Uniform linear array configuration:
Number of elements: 16
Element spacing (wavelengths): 0.25
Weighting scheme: blackman
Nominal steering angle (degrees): -30
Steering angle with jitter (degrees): -30.99
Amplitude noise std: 0.05
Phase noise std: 0.05

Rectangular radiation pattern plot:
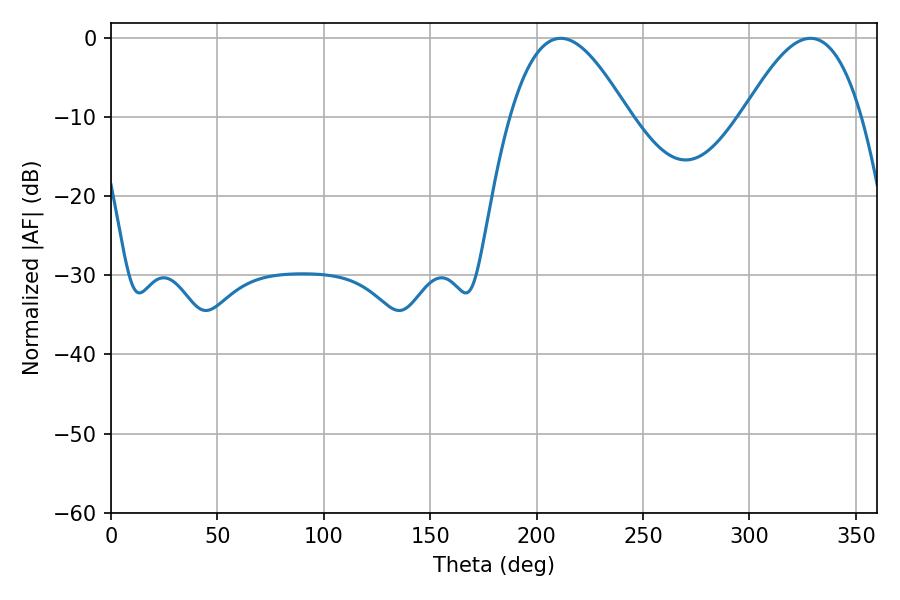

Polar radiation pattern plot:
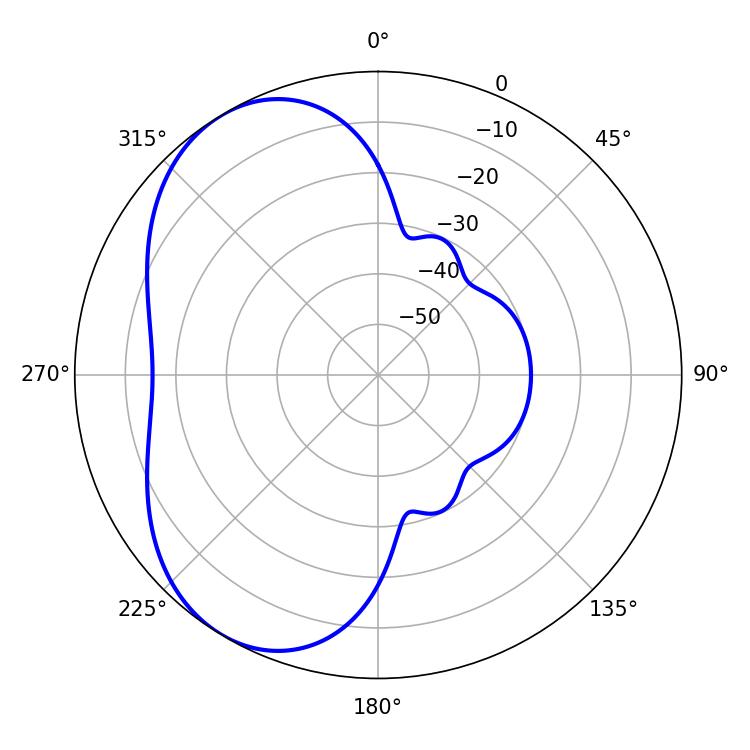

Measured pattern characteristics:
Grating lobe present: FALSE
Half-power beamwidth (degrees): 30.24
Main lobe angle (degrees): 211.32